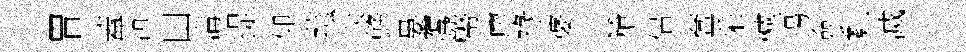
胃蓋沆田溝提仰菰迭蜂婁鹰幣廖祿婆长槍侶奩采憾揚僉亂滅